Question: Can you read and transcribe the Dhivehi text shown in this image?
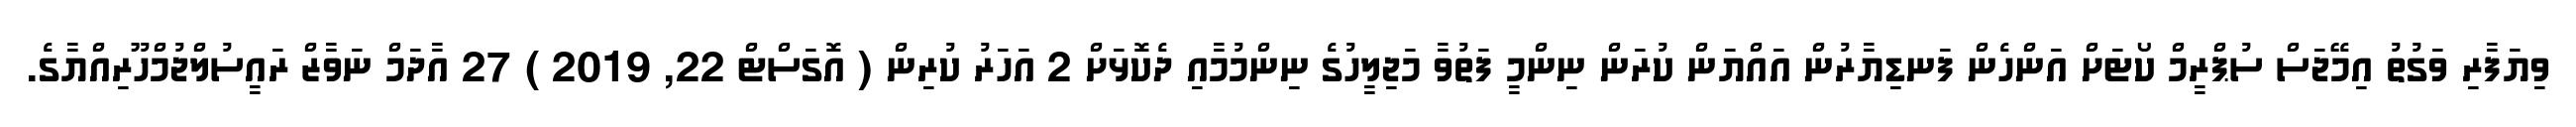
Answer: ވިޔަފާރި ވަގުތު އިމޭޖަސް ސުޕްރީމް ކޯޓަށް އަންހެން ފަނޑިޔާރުން އައްޔަން ކުރަން ނިންމީ ފަތުވާ މަޖިލީހުގެ ނިންމުމާއި ދެކޮޅަށް 2 އަހަރު ކުރިން ( އޮގަސްޓް 22, 2019 ) 27 އާދަމް ނަވާޒް ރައީސުލްޖުމްހޫރިއްޔާގެ.